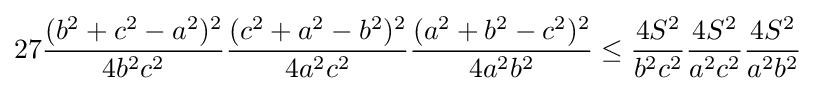
27{\frac {(b^{2}+c^{2}-a^{2})^{2}}{4b^{2}c^{2}}}{\frac {(c^{2}+a^{2}-b^{2})^{2}}{4a^{2}c^{2}}}{\frac {(a^{2}+b^{2}-c^{2})^{2}}{4a^{2}b^{2}}}\leq {\frac {4S^{2}}{b^{2}c^{2}}}{\frac {4S^{2}}{a^{2}c^{2}}}{\frac {4S^{2}}{a^{2}b^{2}}}